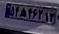
۵۴ه۴۶۲۱۳